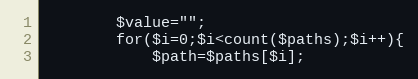
Language: PHP
        $value="";
        for($i=0;$i<count($paths);$i++){
            $path=$paths[$i];